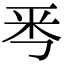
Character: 𠀭